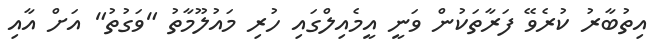
އިތުބާރު ކުރެވޭ ފަރާތަކުން ވަނީ އީމެއިލްގައި ހުރި މައުލޫމާތު "ވަގުތު" އަށް އާއި